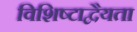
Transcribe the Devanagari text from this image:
विशिष्टाद्वैयता